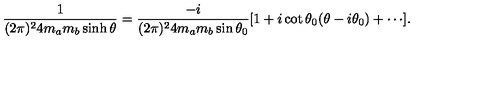
\frac { 1 } { ( 2 \pi ) ^ { 2 } 4 m _ { a } m _ { b } \sinh \theta } \nonumber = \frac { - i } { ( 2 \pi ) ^ { 2 } 4 m _ { a } m _ { b } \sin \theta _ { 0 } } [ 1 + i \cot \theta _ { 0 } ( \theta - i \theta _ { 0 } ) + \cdots ] .